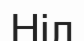
Ніл